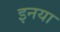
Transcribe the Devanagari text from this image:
इनया